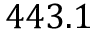
4 4 3 . 1